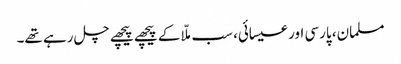
مسلمان، پارسی اور عیسائی، سب ملّا کے پیچھے پیچھے چل رہے تھے۔